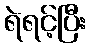
ရဲရင့်ပြီး